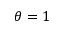
\theta = 1